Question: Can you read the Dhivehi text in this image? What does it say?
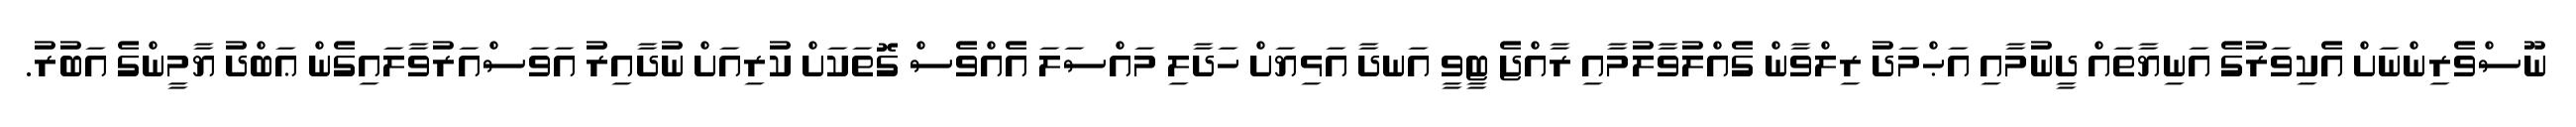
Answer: ނޫސްވެރިންނަށް އެކިވަރުގެ އަނިޔާތައް ދީނުމާއި އަޙްމަދު ރިލްވާން ގެއްލުވާލުމާއި ރާއްޖެ ޓީވީ އަނދާ އަޅިޔަށް ހަދާލި މައްސަލަ އެއްވެސް ގޮތަކަށް ކުރިއަށް ނުދާއިރު އަވަސްއަރުވާލައިގެން ޢަބްދު ޔާމީންގެ އަބުރު.